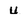
Character: 4